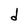
Character: d